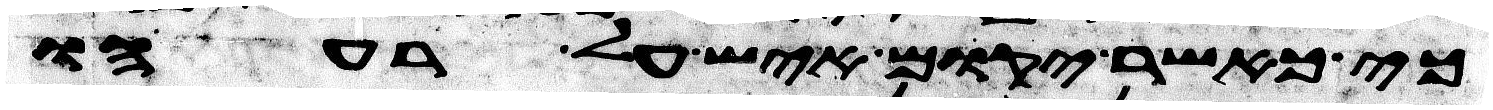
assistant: כי כאשר יקום איש על רעהו